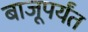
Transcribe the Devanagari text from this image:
बाजूपर्यंत